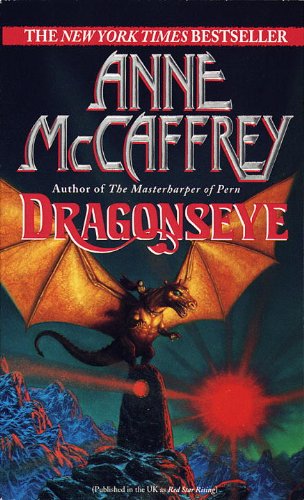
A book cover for Dragonseye (Pern: On Dragons); Anne McCaffrey; Romance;